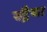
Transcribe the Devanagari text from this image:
स्ट्रैया